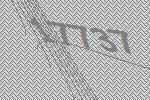
17737